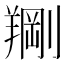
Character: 𫅙